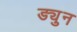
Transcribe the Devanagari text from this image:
ड्युन